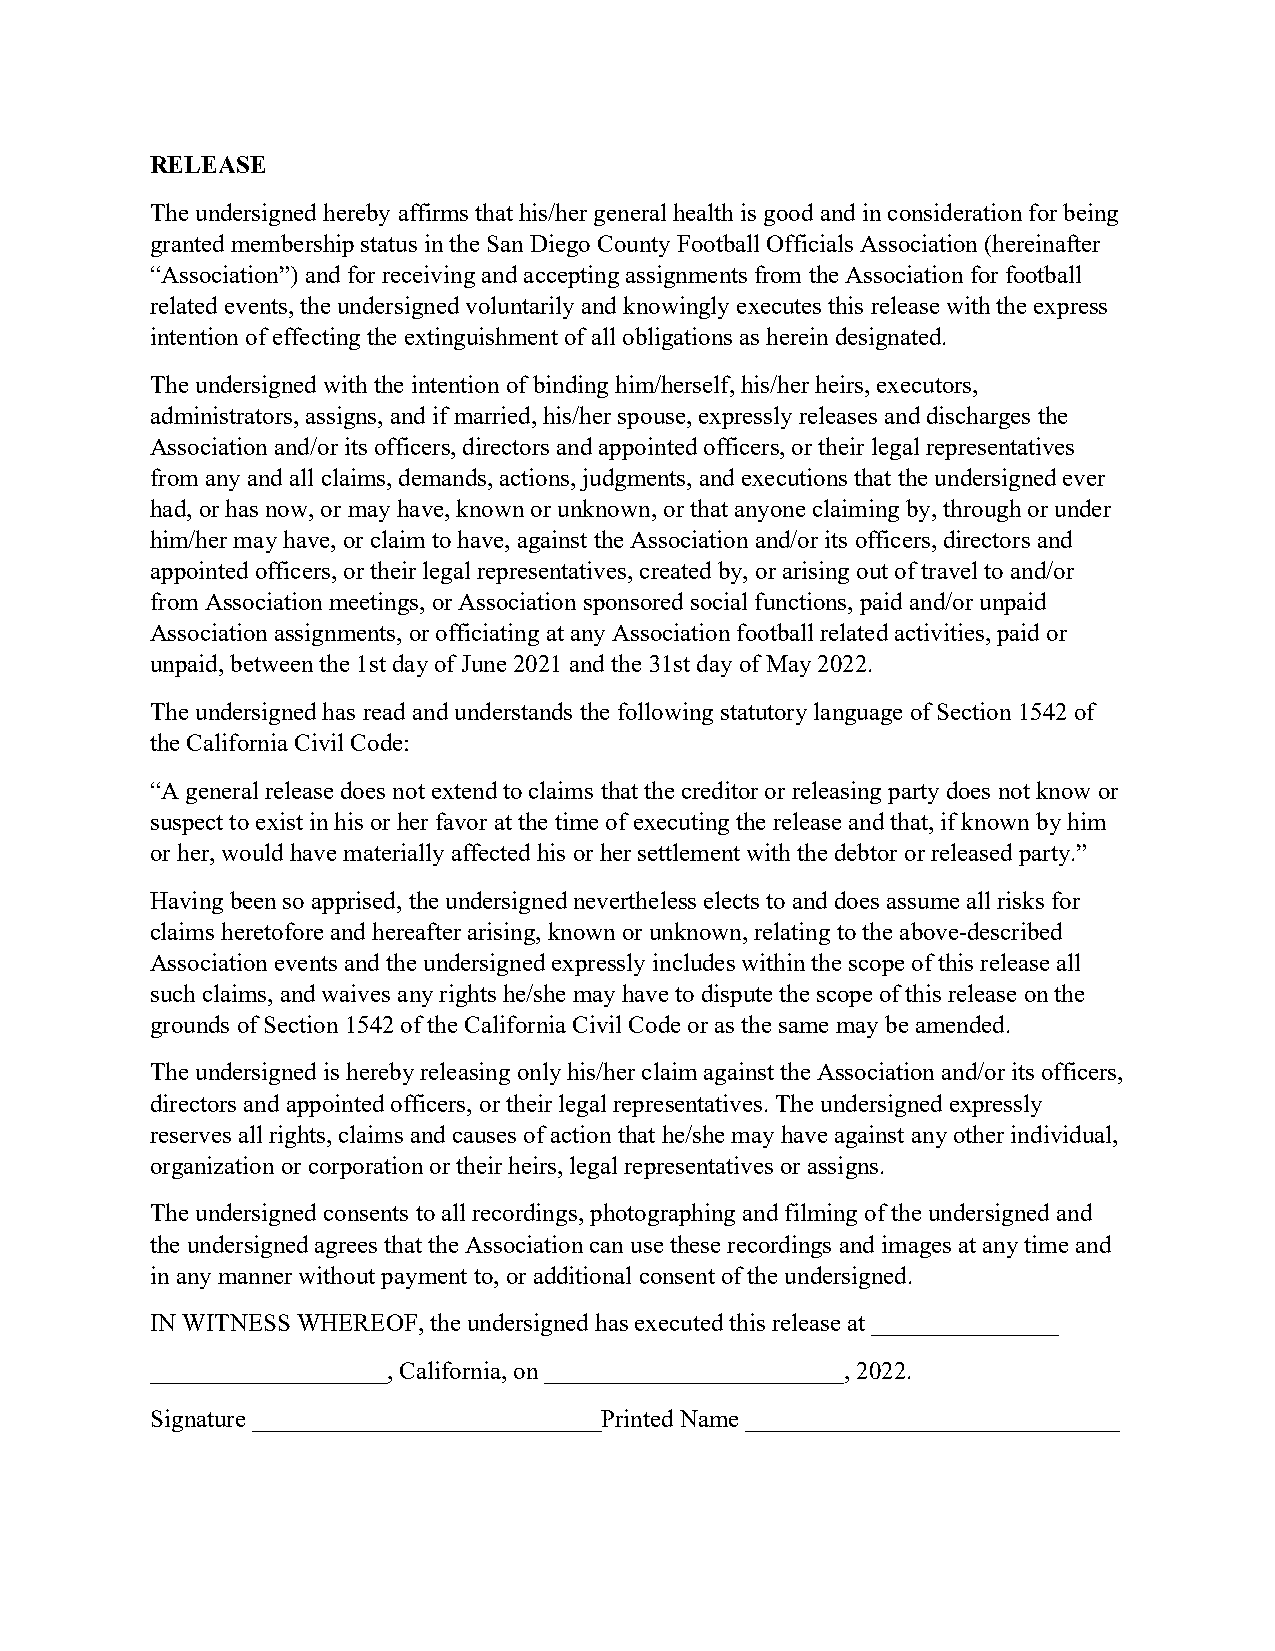
RELEASE
 The undersigned hereby affirms that his/her general health is good and in consideration for being
 granted membership status in the San Diego County Football Officials Association (hereinafter
 “Association”) and for receiving and accepting assignments from the Association for football
 related events, the undersigned voluntarily and knowingly executes this release with the express
 intention of effecting the extinguishment of all obligations as herein designated.
 The undersigned with the intention of binding him/herself, his/her heirs, executors,
 administrators, assigns, and if married, his/her spouse, expressly releases and discharges the
 Association and/or its officers, directors and appointed officers, or their legal representatives
 from any and all claims, demands, actions, judgments, and executions that the undersigned ever
 had, or has now, or may have, known or unknown, or that anyone claiming by, through or under
 him/her may have, or claim to have, against the Association and/or its officers, directors and
 appointed officers, or their legal representatives, created by, or arising out of travel to and/or
 from Association meetings, or Association sponsored social functions, paid and/or unpaid
 Association assignments, or officiating at any Association football related activities, paid or
 unpaid, between the 1st day of June 2021 and the 31st day of May 2022.
 The undersigned has read and understands the following statutory language of Section 1542 of
 the California Civil Code:
 “A general release does not extend to claims that the creditor or releasing party does not know or
 suspect to exist in his or her favor at the time of executing the release and that, if known by him
 or her, would have materially affected his or her settlement with the debtor or released party.”
 Having been so apprised, the undersigned nevertheless elects to and does assume all risks for
 claims heretofore and hereafter arising, known or unknown, relating to the above-described
 Association events and the undersigned expressly includes within the scope of this release all
 such claims, and waives any rights he/she may have to dispute the scope of this release on the
 grounds of Section 1542 of the California Civil Code or as the same may be amended.
 The undersigned is hereby releasing only his/her claim against the Association and/or its officers,
 directors and appointed officers, or their legal representatives. The undersigned expressly
 reserves all rights, claims and causes of action that he/she may have against any other individual,
 organization or corporation or their heirs, legal representatives or assigns.
 The undersigned consents to all recordings, photographing and filming of the undersigned and
 the undersigned agrees that the Association can use these recordings and images at any time and
 in any manner without payment to, or additional consent of the undersigned.
 IN WITNESS WHEREOF, the undersigned has executed this release at _______________
 ___________________, California, on ________________________, 2022.
 Signature ____________________________Printed Name ______________________________